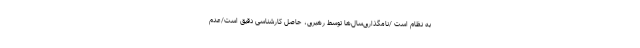
به نظام است /نامگذاری‌سال‌ها توسط رهبری، حاصل کارشناسی دقیق است/عدم